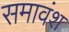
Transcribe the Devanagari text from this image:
समावंश